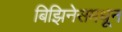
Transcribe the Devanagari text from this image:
बिझिनेसमधून